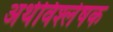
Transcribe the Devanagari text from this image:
अर्थविश्लेषक